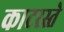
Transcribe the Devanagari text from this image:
काटरस्ते